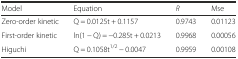
<table><thead><tr><td><b>Model</b></td><td><b>Equation</b></td><td><b><i>R</i></b></td><td><b>Mse</b></td></tr></thead><tbody><tr><td>Zero-order kinetic</td><td>Q = 0.0125t + 0.1157</td><td>0.9743</td><td>0.01123</td></tr><tr><td>First-order kinetic</td><td>ln(1 − Q) = −0.285t + 0.0213</td><td>0.9968</td><td>0.00056</td></tr><tr><td>Higuchi</td><td>Q = 0.1058t<sup>1/2</sup> − 0.0047</td><td>0.9959</td><td>0.00108</td></tr></tbody></table>